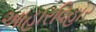
આહારવિહાર